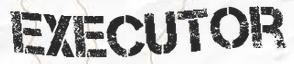
EXECUTOR